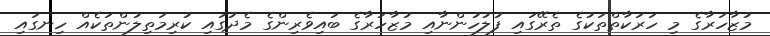
މުޒާހަރާގެ މި ހަރަކާތްތަކުގެ ތެރޭގައި ފުލުހުންނާއި މުޒާހަރާގެ ބައިވެރިންގެ މެދުގައި ކުރިމަތިލުންތަކެއް ހިނގައި